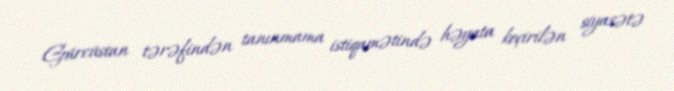
Gürcüstan tərəfindən tanınmama istiqamətində həyata keçirilən siyasətə